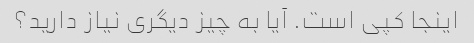
اینجا کپی است. آیا به چیز دیگری نیاز دارید؟